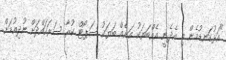
"އަޅުގަނޑުމެން މި އެދެނީ އެއްބަޔަކު އަނެއް ބަޔަކު ސަޕޯޓް ކުރާ ސަރަހައްދަށް ނުދިއުމަށް.